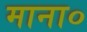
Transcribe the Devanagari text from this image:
माना०